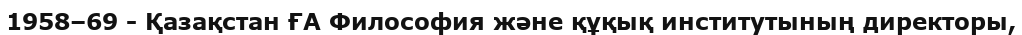
1958–69 - Қазақстан ҒА Философия және құқық институтының директоры,